Leaving Certificate Examination (including Day School Certificate (Higher) General paper), 1929
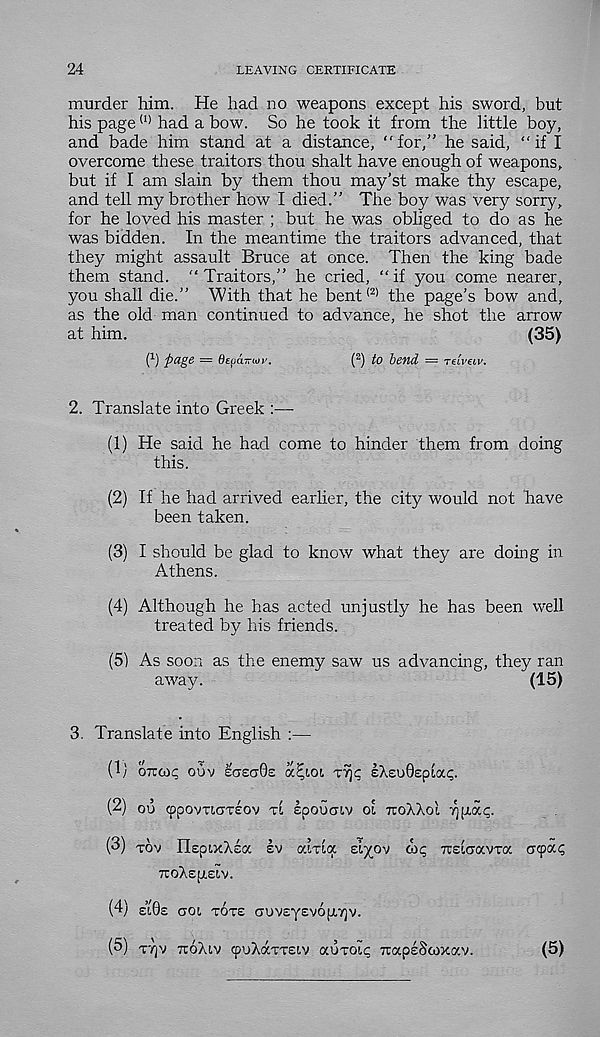
24
LEAVING CERTIFICATE
murder him. He had no weapons except his sword, but
his page (I) had a bow. So he took it from the little boy,
and bade him stand at a distance, “for,” he said, “if I
overcome these traitors thou shaft have enough of weapons,
but if I am slain by them thou may’st make thy escape,
and tell my brother how I died.” The boy was very sorry,
for he loved his master ; but he was obliged to do as he
was bidden. In the meantime the traitors advanced, that
they might assault Bruce at once. Then the king bade
them stand. “Traitors,” he cried, “if you come nearer,
you shall die.” With that he bent (2) the page's bow and,
as the old man continued to advance, he shot the arrow
at him.
(35)
W fi a g e = Oepd-TTioy.
( 2 ) to beud = Telvecv.
2. Translate into Greek :—
(1)
He said he had come to
this.
(2) If he had arrived earlier, the city would not have
been taken.
(3) I should be glad to know what they are doing in
Athens.
(4) Although he has acted unjustly he has been well
treated by his friends.
(5) As soon as the enemy saw us advancing, they ran
away.
(15)